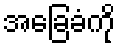
အခြေခံကို